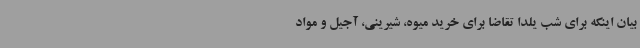
بیان اینکه برای شب یلدا تقاضا برای خرید میوه، شیرینی، آجیل و مواد